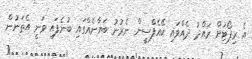
އެ ރިޕޯޓަށް ރައްދު ދެއްވައި ކޭއެފްސީން ނެރުނު ބަޔާނެއްގައި ބުނެފައި ވަނީ އެތަނުން